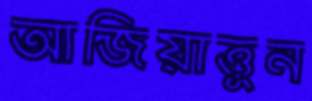
আজিয়াত্তুন